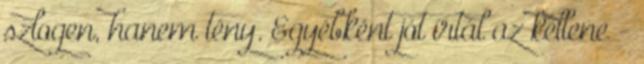
szlogen, hanem tény. Egyébként jót írtál az kellene -